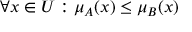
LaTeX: \forall x \in U : \mu _ { A } ( x ) \leq \mu _ { B } ( x )